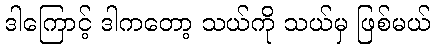
ဒါကြောင့် ဒါကတော့ သယ်ကို သယ်မှ ဖြစ်မယ်